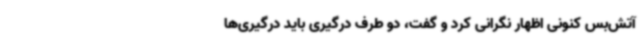
آتش‌بس کنونی اظهار نگرانی کرد و گفت، دو طرف درگیری‌ باید درگیری‌ها